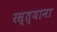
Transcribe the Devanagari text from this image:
रस्त्याना